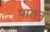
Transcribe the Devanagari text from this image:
पातन